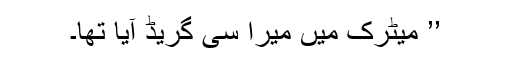
’’ میٹرک میں میرا سی گریڈ آیا تھا۔